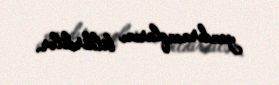
yandıracaqlarını bildirdilər.